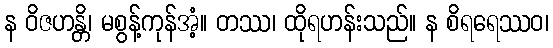
န ဝိဇဟန္တိ၊ မစွန့်ကုန်အံ့။ တဿ၊ ထိုရဟန်းသည်။ န စိရရေဿဝ၊